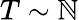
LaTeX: T\sim\mathbb{N}